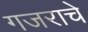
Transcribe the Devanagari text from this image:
गजराचे